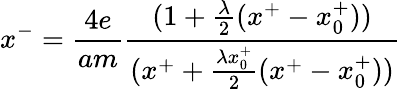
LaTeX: x^{-}={\frac{4e}{am}}{\frac{(1+{\frac{\lambda}{2}}(x^{+}-x_{0}^{+}))}{(x^{+}+{\frac{\lambda x_{0}^{+}}{2}}(x^{+}-x_{0}^{+}))}}